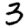
Digit: 3